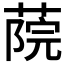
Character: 𦶤